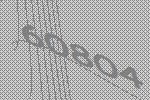
60804